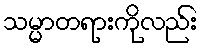
သမ္မာတရားကိုလည်း